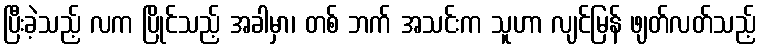
ပြီးခဲ့သည့် လက ပြိုင်သည့် အခါမှာ၊ တစ် ဘက် အသင်းက သူဟာ လျင်မြန် ဖျတ်လတ်သည့်